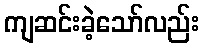
ကျဆင်းခဲ့သော်လည်း